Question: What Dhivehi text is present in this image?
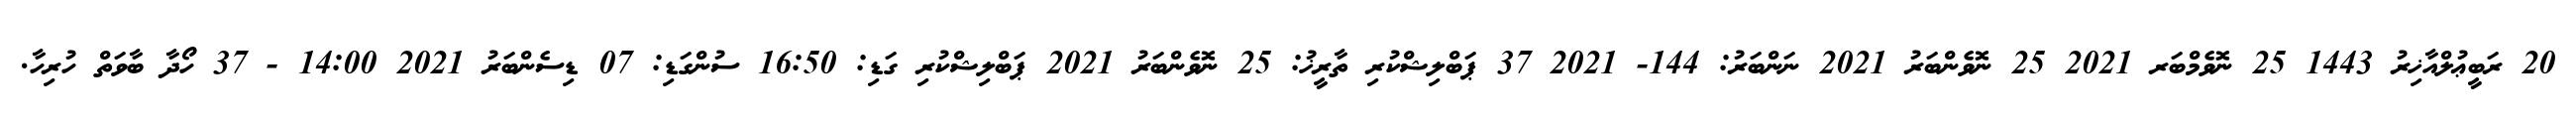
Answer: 20 ރަބީޢުލްއާޚިރު 1443 25 ނޮވެމްބަރ 2021 25 ނޮވެންބަރު 2021 ނަންބަރު: 144- 2021 37 ޕަބްލިޝްކުރި ތާރީޚު: 25 ނޮވެންބަރު 2021 ޕަބްލިޝްކުރި ގަޑި: 16:50 ސުންގަޑި: 07 ޑިސެންބަރު 2021 14:00 - 37 ހޯދާ ބާވަތް ހުރިހާ.